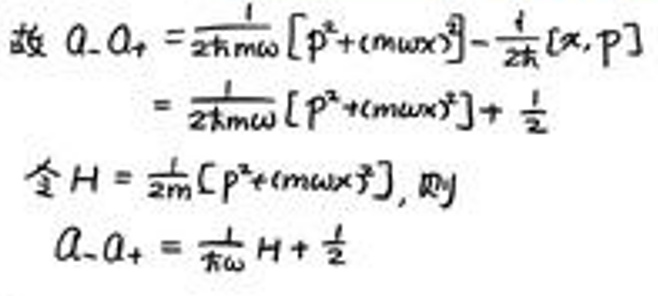

故\(\ a,a_+&=\frac{1}{2\hbar m\omega}\left[p^2+(m\omega x)^2\right]-\frac{1}{4\hbar}\left[x,p\right]\)\\
\(&=\frac{1}{2\hbar m\omega}\left[p^2+(m\omega x)^2\right]+\frac{1}{2}\)\\
令\(H&=\frac{1}{2m}\left[p^2+(m\omega x)^2\right],\)则\\
\(a,a_+&=\frac{1}{\hbar\omega}H+\frac{1}{2}\)